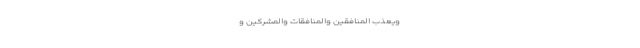
وَيُعَذِّبَ الْمُنَافِقِينَ وَالْمُنَافِقَاتِ وَالْمُشْرِكِينَ وَ